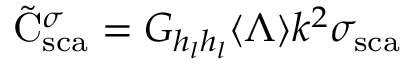
\tilde { \mathrm { { C } } } _ { \mathrm { { s c a } } } ^ { \sigma } = { G _ { h _ { l } h _ { l } } } \langle \Lambda \rangle k ^ { 2 } \sigma _ { \mathrm { { s c a } } }